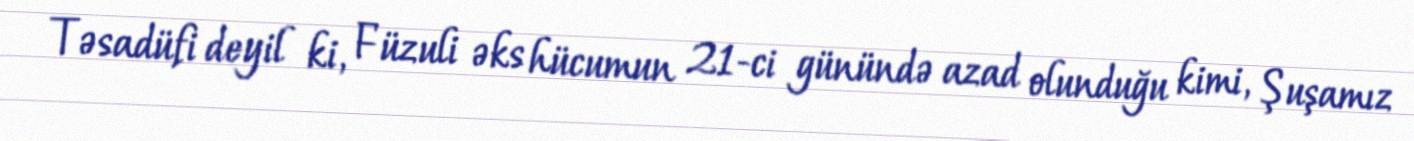
Təsadüfi deyil ki, Füzuli əks hücumun 21-ci günündə azad olunduğu kimi, Şuşamız